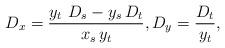
LaTeX: \begin{align*}D_x = \frac{y_t\ D_s - y_s\, D_t}{x_s\, y_t},D_y = \frac{D_t}{y_t},\end{align*}